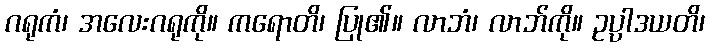
ဂရုကံ၊ အလေးဂရုကို။ ကရောတိ၊ ပြု၏။ လာဘံ၊ လာဘ်ကို။ ဥပ္ပါဒယတိ၊